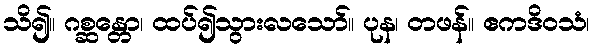
သိ၍။ ဂစ္ဆန္တော၊ ထပ်၍သွားလသော်။ ပုန၊ တဖန်။ ဧကဒိဝသံ၊